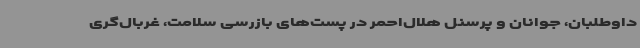
داوطلبان، جوانان و پرسنل هلال‌احمر در پست‌های بازرسی سلامت، غربال‌گری